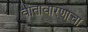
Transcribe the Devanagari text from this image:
वातावारणाचा